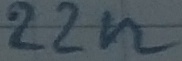
Text: 22n